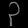
Digit: ၃